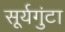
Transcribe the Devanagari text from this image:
सूर्यगुंटा